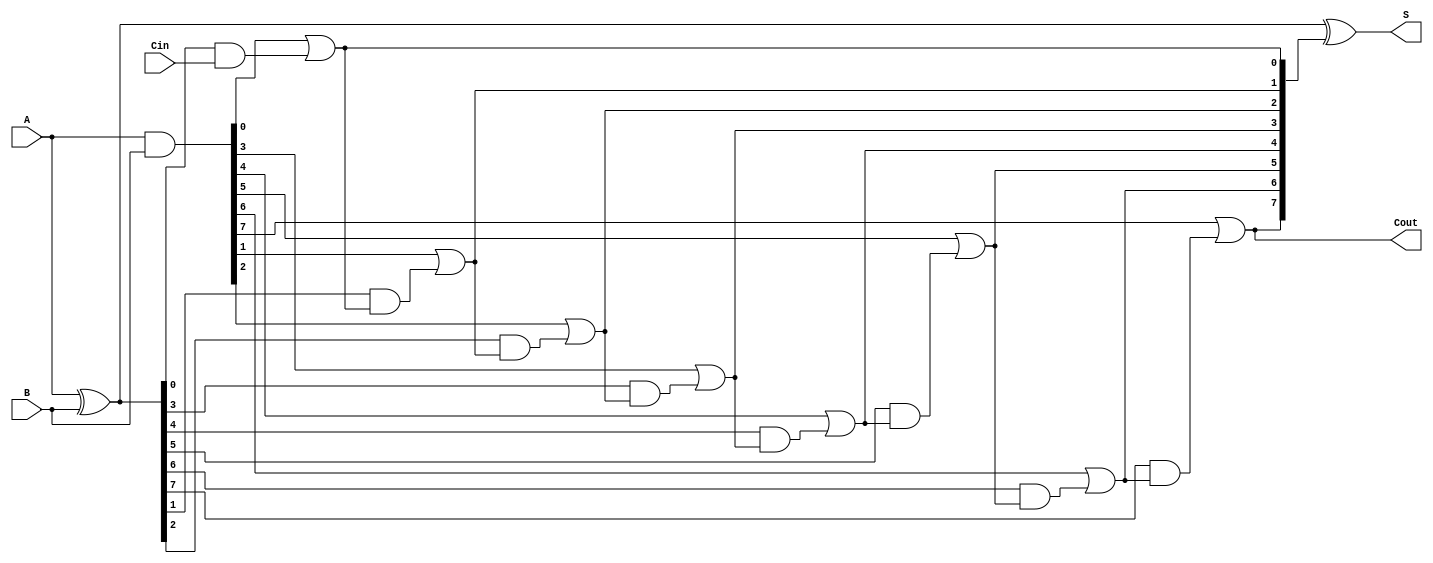
module brent_kung_adder #(
    parameter N = 8 // Bit-width of the adder
)(
    input [N-1:0] A,      // First operand
    input [N-1:0] B,      // Second operand
    input Cin,            // Carry-in
    output [N-1:0] S,     // Sum output
    output Cout           // Carry-out
);

    // Generate and propagate signals
    wire [N-1:0] G; // Generate
    wire [N-1:0] P; // Propagate
    wire [N:0] C;    // Carry bits

    // Generate and propagate calculations
    assign G = A & B;          // Generate
    assign P = A ^ B;          // Propagate

    // Carry generation using Brent-Kung logic
    assign C[0] = Cin;         // Carry in
    genvar i, j, k;
    
    // Level 1
    assign C[1] = G[0] | (P[0] & C[0]);
    
    // Level 2
    generate
        for (i = 1; i < N; i = i + 1) begin : level_2
            assign C[i + 1] = G[i] | (P[i] & C[i]);
        end
    endgenerate

    // Compute sum bits
    assign S = P ^ C[N:1]; // Sum calculation
    assign Cout = C[N];    // Final carry-out

endmodule